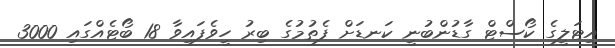
އިޓަލީގެ ކޯސްޓް ގާޑުންބުނީ ކަނޑަށް ފެތުމުގެ ބިރު ހީވެފައިވާ 18 ބޯޓެއްގައި 3000